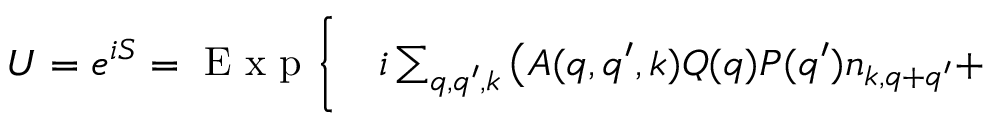
\begin{array} { r l } { U = e ^ { i S } = \mathrm { ~ E ~ x ~ p ~ } \bigg \{ } & { { } i \sum _ { q , q ^ { \prime } , k } \big ( A ( q , q ^ { \prime } , k ) Q ( q ) P ( q ^ { \prime } ) n _ { k , q + q ^ { \prime } } + } \end{array}